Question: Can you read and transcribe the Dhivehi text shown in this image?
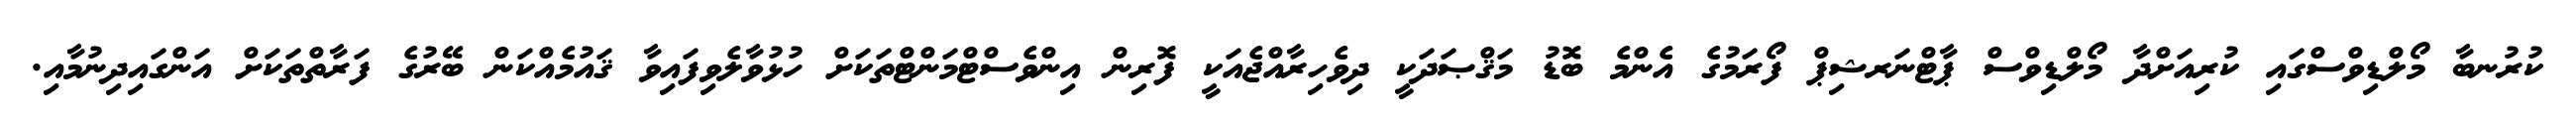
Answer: ކުރުނބާ މޯލްޑިވްސްގައި ކުރިއަށްދާ މޯލްޑިވްސް ޕާޓްނަރޝިޕް ފޯރަމުގެ އެންމެ ބޮޑު މަޤްޞަދަކީ ދިވެހިރާއްޖެއަކީ ފޮރިން އިންވެސްޓްމަންޓްތަކަށް ހުޅުވާލެވިފައިވާ ޤައުމެއްކަން ބޭރުގެ ފަރާތްތަކަށް އަންގައިދިނުމާއި.